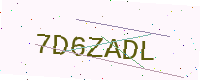
Text: 7D6ZADL